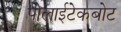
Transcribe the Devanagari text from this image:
पोलाईटेकबोट